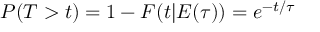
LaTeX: P ( T > t ) = 1 - F ( t | { \cal E } ( \tau ) ) = e ^ { - t / \tau }